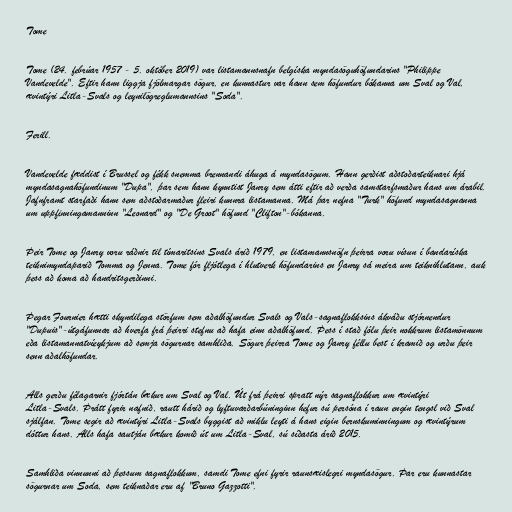
Tome

Tome (24. febrúar 1957 - 5. október 2019) var listamannsnafn belgíska myndasöguhöfundarins "Philippe
Vandevelde". Eftir hann liggja fjölmargar sögur, en kunnastur var hann sem höfundur bókanna um Sval og Val,
ævintýri Litla-Svals og leynilögreglumannsins "Soda".

Ferill.

Vandevelde fæddist í Brussel og fékk snemma brennandi áhuga á myndasögum. Hann gerðist aðstoðarteiknari hjá
myndasagnahöfundinum "Dupa", þar sem hann kynntist Janry sem átti eftir að verða samstarfsmaður hans um árabil.
Jafnframt starfaði hann sem aðstoðarmaður fleiri kunnra listamanna. Má þar nefna "Turk" höfund myndasagnanna
um uppfinningamanninn "Leonard" og "De Groot" höfund "Clifton"-bókanna.

Þeir Tome og Janry voru ráðnir til tímaritsins Svals árið 1979, en listamannsnöfn þeirra voru vísun í bandaríska
teiknimyndaparið Tomma og Jenna. Tome fór fljótlega í hlutverk höfundarins en Janry sá meira um teiknihlutann, auk
þess að koma að handritsgerðinni.

Þegar Fournier hætti skyndilega störfum sem aðalhöfundur Svals og Vals-sagnaflokksins ákváðu stjórnendur
"Dupuis"-útgáfunnar að hverfa frá þeirri stefnu að hafa einn aðalhöfund. Þess í stað fólu þeir nokkrum listamönnum
eða listamannatvíeykjum að semja sögurnar samhliða. Sögur þeirra Tome og Janry féllu best í kramið og urðu þeir
senn aðalhöfundar.

Alls gerðu félagarnir fjórtán bækur um Sval og Val. Út frá þeirri spratt nýr sagnaflokkur um ævintýri
Litla-Svals. Þrátt fyrir nafnið, rautt hárið og lyftuvarðarbúninginn hefur sú persóna í raun engin tengsl við Sval
sjálfan. Tome segir að ævintýri Litla-Svals byggist að miklu leyti á hans eigin bernskuminningum og ævintýrum
dóttur hans. Alls hafa sautján bækur komið út um Litla-Sval, sú síðasta árið 2015.

Samhliða vinnunni að þessum sagnaflokkum, samdi Tome efni fyrir raunsæislegri myndasögur. Þar eru kunnastar
sögurnar um Soda, sem teiknaðar eru af "Bruno Gazzotti".